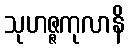
သုဟဇ္ဇကုလာနိ